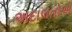
અદાલતોએ